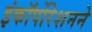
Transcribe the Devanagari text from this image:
इंकॉर्पोरेशनने